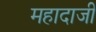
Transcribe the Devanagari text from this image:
महादाजी